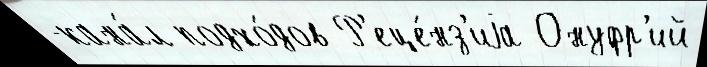
-кана́л подхо́дов Р'еце́нз'иjа Онуфр'ий